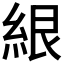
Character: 𰫤